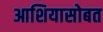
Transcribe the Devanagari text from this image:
आशियासोबत